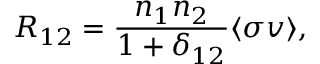
R _ { 1 2 } = \frac { n _ { 1 } n _ { 2 } } { 1 + \delta _ { 1 2 } } \langle \sigma v \rangle ,